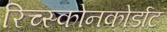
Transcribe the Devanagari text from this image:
रिच्स्कोनकोर्डाट